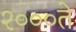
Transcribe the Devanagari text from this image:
२०००ते